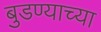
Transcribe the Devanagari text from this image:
बुडण्याच्या